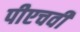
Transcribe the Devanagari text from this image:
पीएचवी